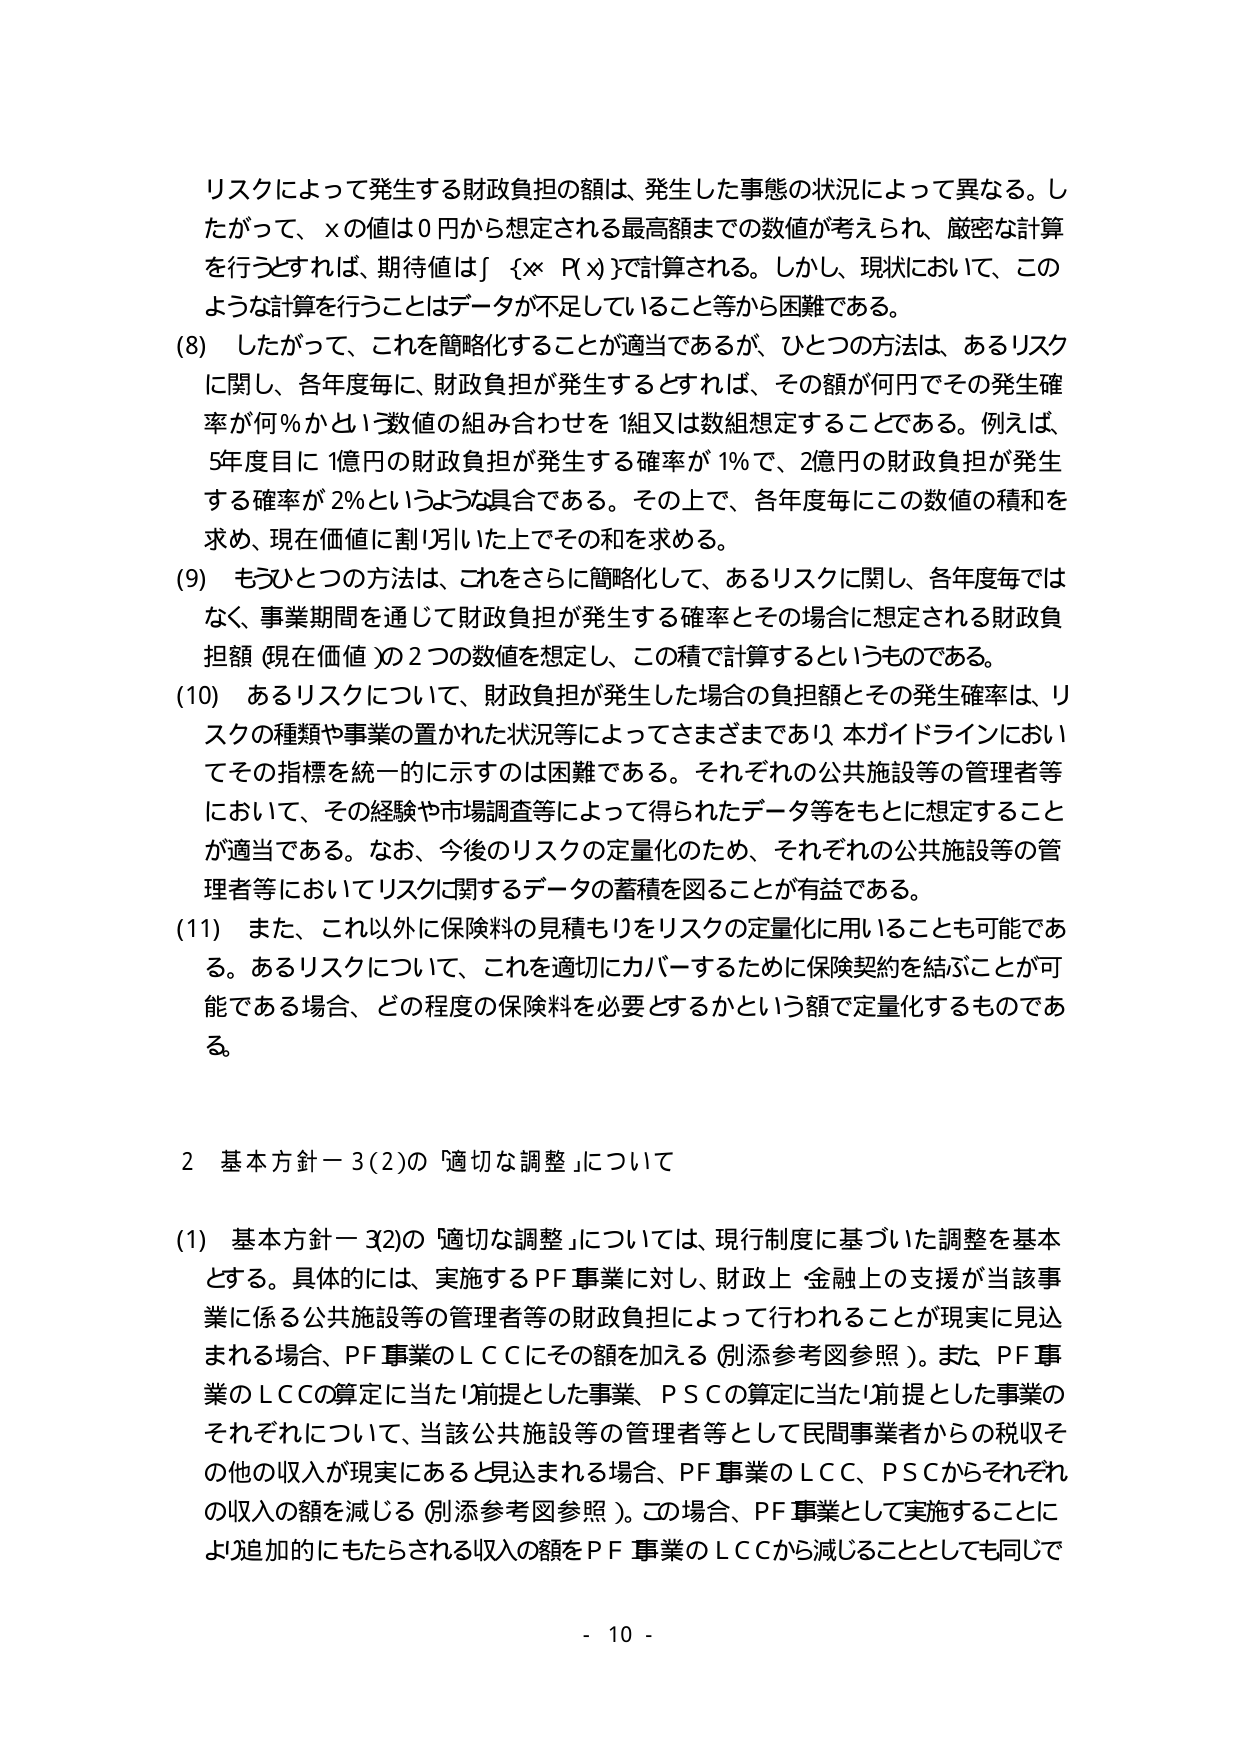
リスクによって発生する財政負担の額は、発生した事態の状況によって異なる。したがって、ｘの値は０円から想定される最高額までの数値が考えられ、厳密な計算を行うとすれば、期待値は∫｛ｘ・Ｐ(ｘ)｝で計算される。しかし、現状において、このような計算を行うことはデータが不足していること等から困難である。

(8) したがって、これを簡略化することが適当であるが、ひとつの方法は、あるリスクに関し、各年度毎に、財政負担が発生するとすれば、その額が何円でその発生確率が何％かという数値の組み合わせを1組又は数組想定することである。例えば、5年度目に1億円の財政負担が発生する確率が1％で、2億円の財政負担が発生する確率が2％というような具合である。その上で、各年度毎にこの数値の積和を求め、現在価値に割り引いた上でその和を求める。

(9) もうひとつの方法は、これをさらに簡略化して、あるリスクに関し、各年度毎ではなく、事業期間を通じて財政負担が発生する確率とその場合に想定される財政負担額（現在価値）の2つの数値を想定し、この積で計算するというものである。

(10) あるリスクについて、財政負担が発生した場合の負担額とその発生確率は、リスクの種類や事業の置かれた状況等によってさまざまであり、本ガイドラインにおいてその指標を統一的に示すのは困難である。それぞれの公共施設等の管理者等において、その経験や市場調査等によって得られたデータ等をもとに想定することが適当である。なお、今後のリスクの定量化のため、それぞれの公共施設等の管理者等においてリスクに関するデータの蓄積を図ることが有益である。

(11) また、これ以外に保険料の見積もりをリスクの定量化に用いることも可能である。あるリスクについて、これを適切にカバーするために保険契約を結ぶことが可能である場合、どの程度の保険料を必要とするかという額で定量化するものである。

2 基本方針－3(2)の「適切な調整」について

(1) 基本方針－3(2)の「適切な調整」については、現行制度に基づいた調整を基本とする。具体的には、実施するPF事業に対し、財政上・金融上の支援が当該事業に係る公共施設等の管理者等の財政負担によって行われることが現実に見込まれる場合、PF事業のＬＣＣにその額を加える（別添参考図参照）。また、PF事業のＬＣＣの算定に当たり前提とした事業、ＰＳＣの算定に当たり前提とした事業のそれぞれについて、当該公共施設等の管理者等として民間事業者からの税収その他の収入が現実にあると見込まれる場合、PF事業のＬＣＣ、ＰＳＣからそれぞれの収入の額を減じる（別添参考図参照）。この場合、PF事業として実施することにより追加的にもたらされる収入の額をPF事業のＬＣＣから減じることとしても同じで

- 10 -